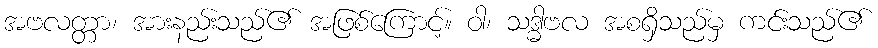
အဗလတ္တာ၊ အားနည်းသည်၏ အဖြစ်ကြောင့်။ ဝါ၊ သဒ္ဓါဗလ အစရှိသည်မှ ကင်းသည်၏